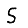
Digit: 5